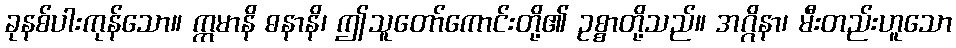
ခုနစ်ပါးကုန်သော။ ဣမာနိ ဓနာနိ၊ ဤသူတော်ကောင်းတို့၏ ဥစ္စာတို့သည်။ အဂ္ဂိနာ၊ မီးတည်းဟူသော